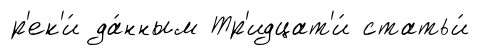
р'ек'и́ да́нным Тр'идцат'и́ статьи́